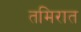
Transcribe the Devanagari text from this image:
तमिरात